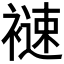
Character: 𧜦